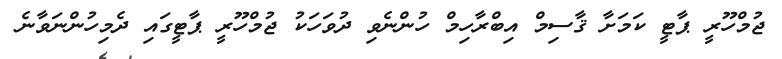
ޖުމްހޫރީ ޕާޓީ ކަމަށާ ޤާސިމް އިބްރާހިމް ހުންނެވި ދުވަހަކު ޖުމްހޫރީ ޕާޓީގައި ދެމިހުންނަވާނެ